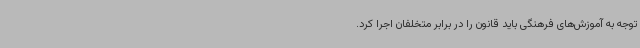
توجه به آموزش‌های فرهنگی باید قانون را در برابر متخلفان اجرا کرد.